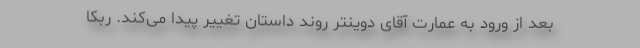
بعد از ورود به عمارت آقای دوینتر روند داستان تغییر پیدا می‌کند. ربکا